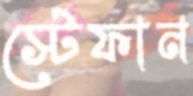
স্টেফান